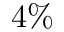
4 \%